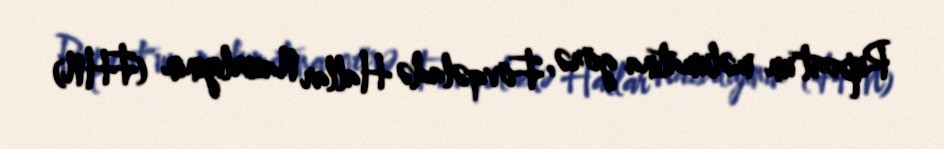
Report"un məlumatına görə, Fövqəladə Hallar Nazirliyinin (FHN)